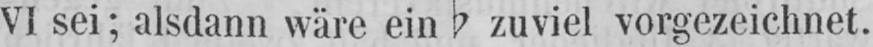
VI sei; alsdann wäre ein b zuviel vorgezeichnet.